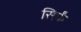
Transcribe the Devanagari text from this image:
सिर्फं